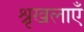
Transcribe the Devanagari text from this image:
श्रृखलाएँ